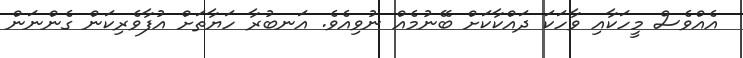
އެއްވެސް މީހަކާއި ވާހަކަ ދައްކާކަށް ބޭނުމެއް ނުވިއެވެ. އަނބުރާ ހަޔާތަށް އުފާވެރިކަން ގެންނަން